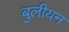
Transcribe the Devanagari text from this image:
बुलीयन